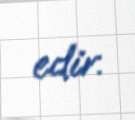
edir.